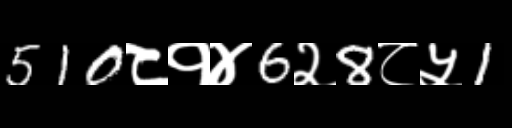
Text: 510८१४6२8८५1